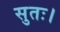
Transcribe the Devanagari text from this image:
सुतः।